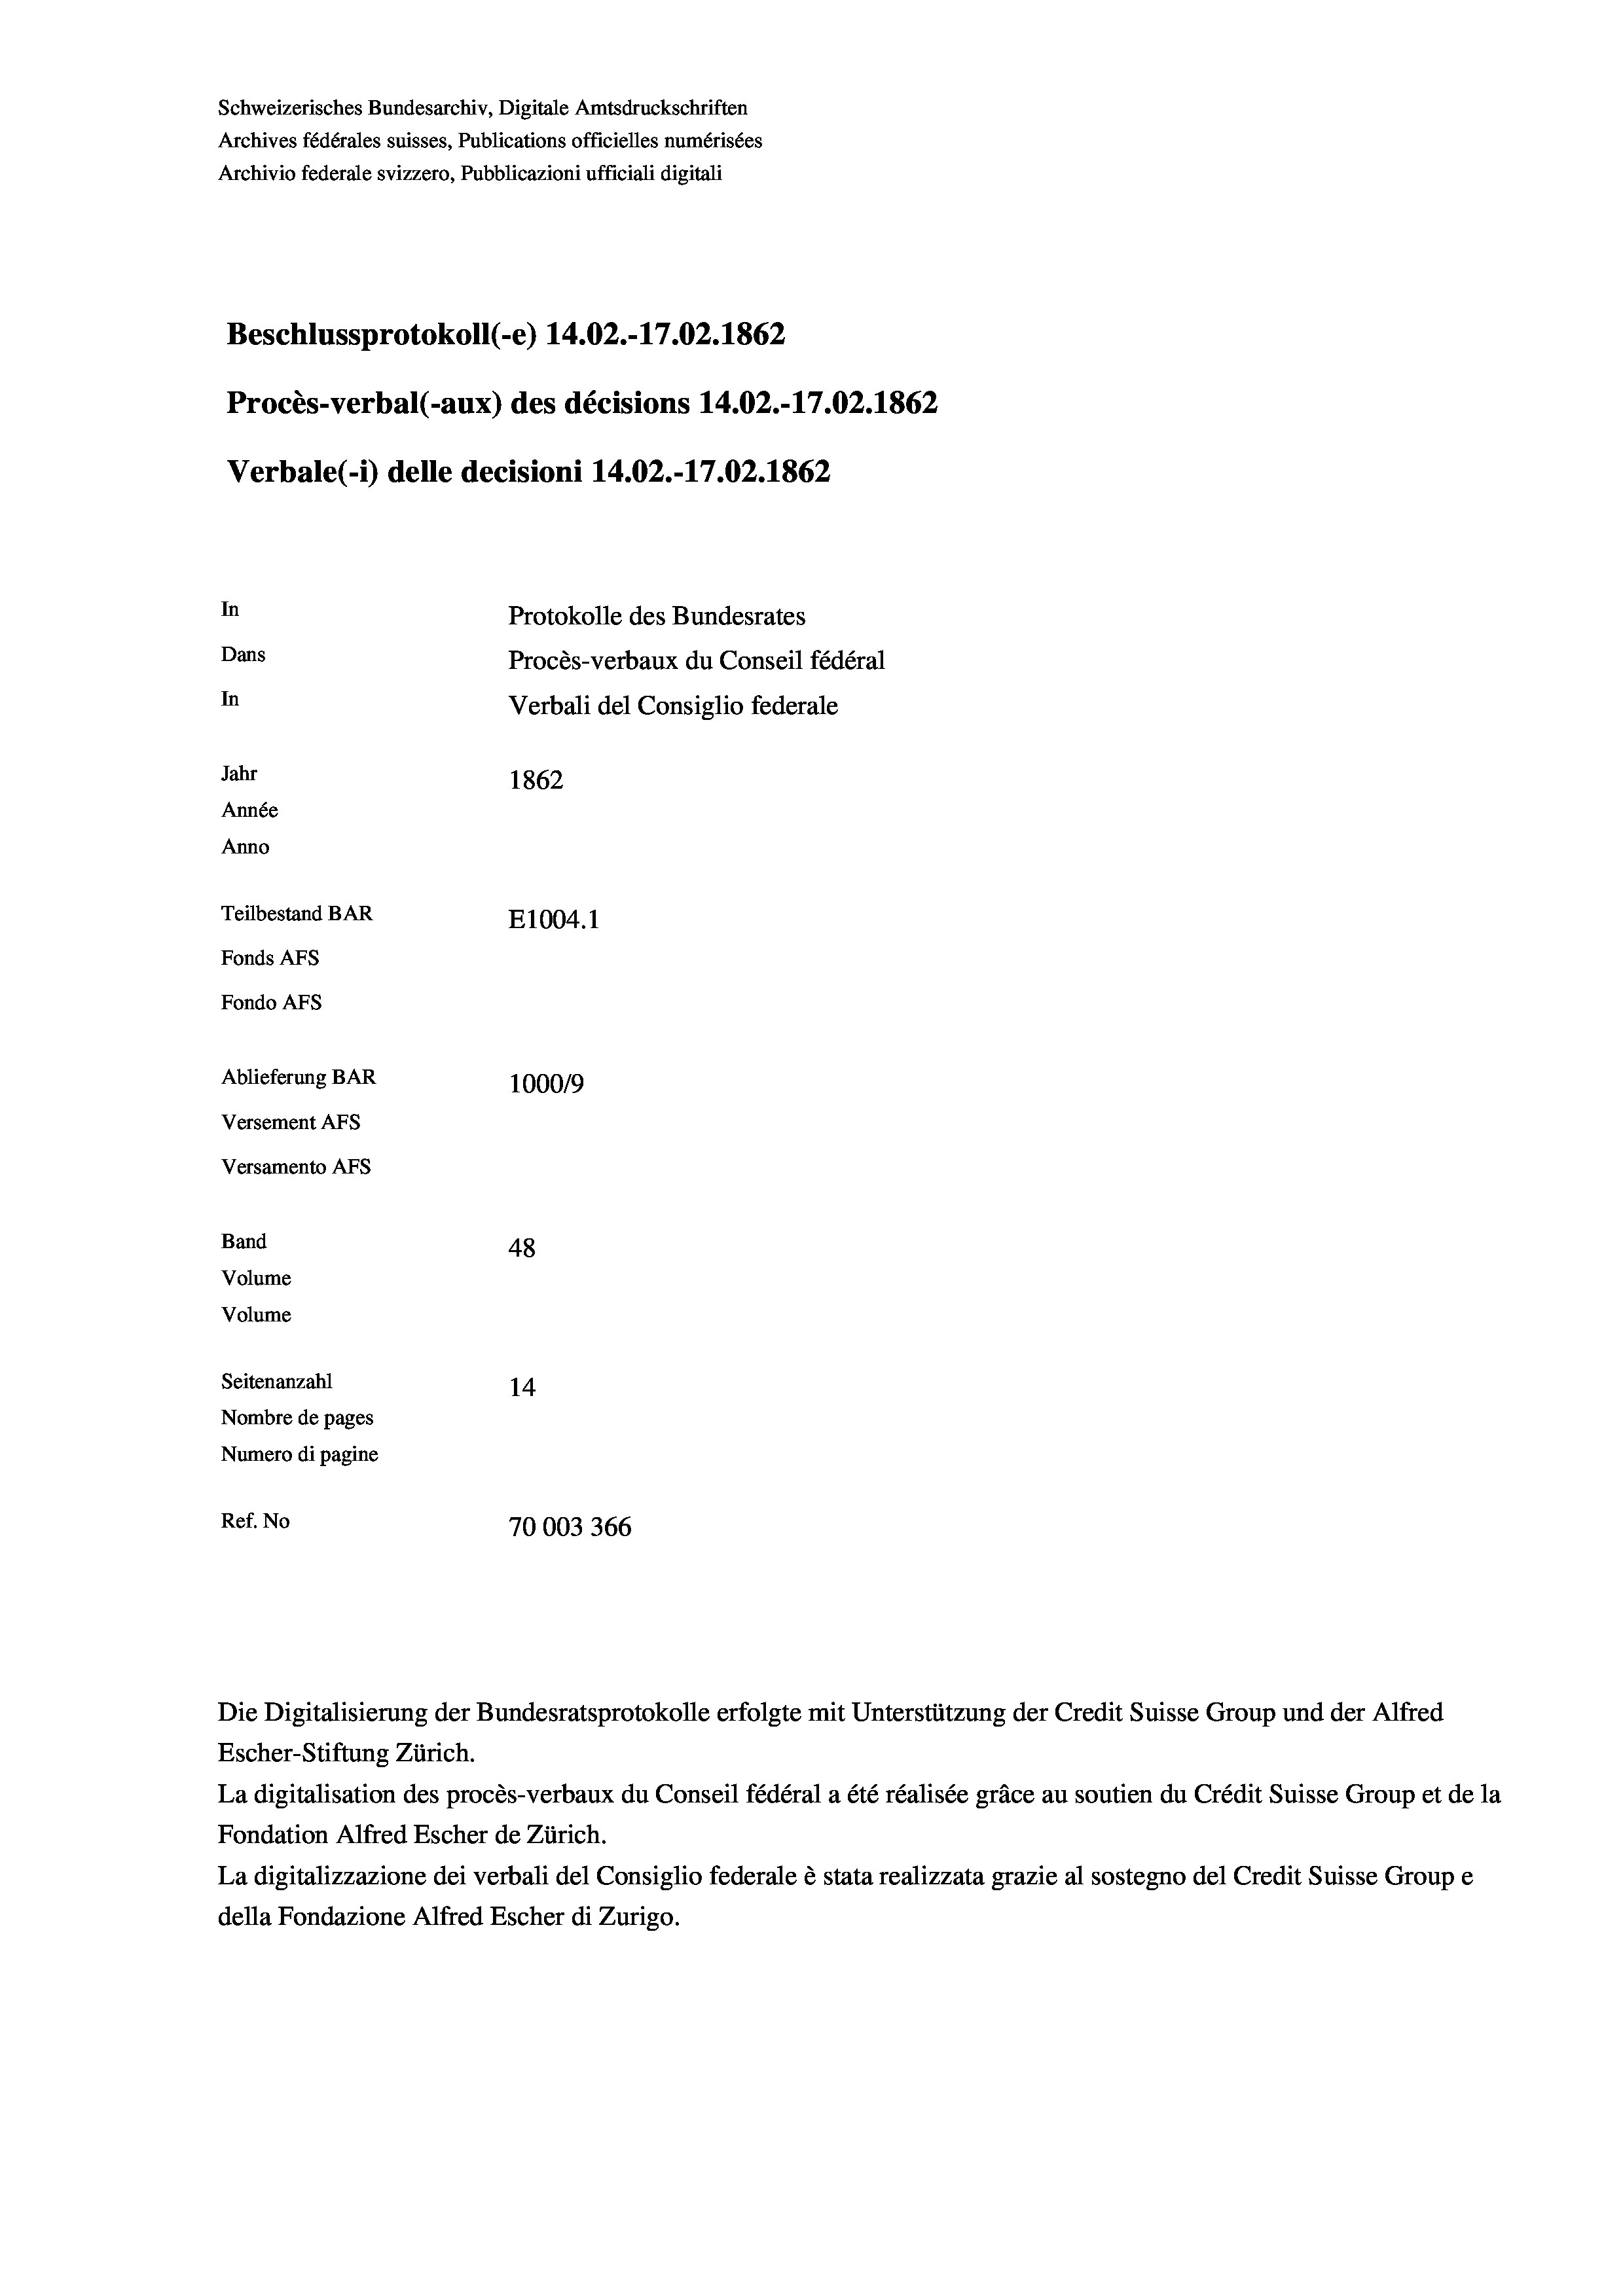
Schweizerisches Bundesarchiv, Digitale Amtsdruckschriften
Archives fédérales suisses, Publications officielles numérisées
Archivio federale svizzero, Pubblicazioni ufficiali digitali
Beschlussprotokoll (-e) 14.02.-17.02. 1862
Procès-verbal (-aux) des décisions 14.02.-17.02. 1862
Verbale (i) delle decisioni 14.02.-17.02. 1862
In
Protokolle des Bundesrates
Dans
Procès-verbaux du Conseil fédéral
In
Verbali del Consiglio federale
Jahr
1862
Année
Anno
Teilbestand BAR
E1004. 1
Fonds AFs
Fondo Afs
Ablieferung BAR
100019
Versement Ans
Versamento Afs

48
Seitenanzahl
14
Nombre de pages
Numero di pagine
Ref. No
70003366

Band
Volume
Volume

Escher-Stiftung Zürich.
La digitalisation des procès-verbaux du Conseil fédéral a été réalisée gräce au soutien du Crédit Suisse Group et de la
Fondation Alfred Escher de Zürich.
La digitalizzazione dei verbali del Consiglio federale è stata realizzata grazie al sostegno del Credit Suisse Groupe
della Fondazione Alfred Escher di Zurigo.

Die Digitalisierung der Bundesratsprotokolle erfolgte mit Unterstützung der Credit Suisse Group und der Alfred